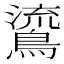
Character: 𪃂